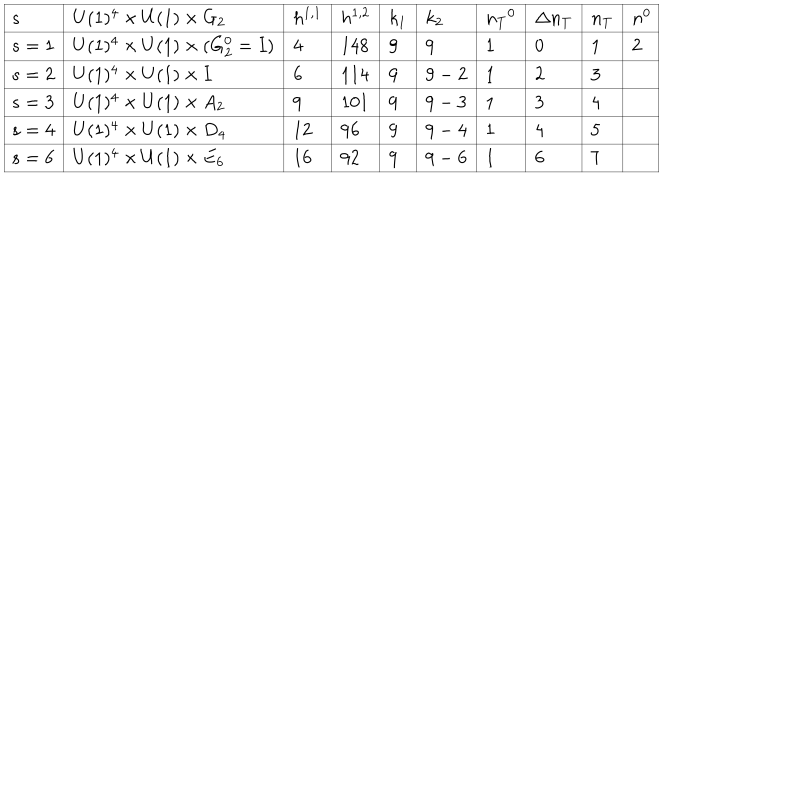
\begin{array} { | l | l | l | l | l | l | l | l | l | l | } \hline { { s } } & { { U ( 1 ) ^ { 4 } \times U ( 1 ) \times G _ { 2 } } } & { { h ^ { 1 , 1 } } } & { { h ^ { 1 , 2 } } } & { { k _ { 1 } } } & { { k _ { 2 } } } & { { { n _ { T } } ^ { 0 } } } & { { \Delta n _ { T } } } & { { n _ { T } } } & { { n ^ { 0 } } } \\ \hline { { s = 1 } } & { { U ( 1 ) ^ { 4 } \times U ( 1 ) \times ( G _ { 2 } ^ { 0 } = I ) } } & { { 4 } } & { { 1 4 8 } } & { { 9 } } & { { 9 } } & { { 1 } } & { { 0 } } & { { 1 } } & { { 2 } } \\ \hline { { s = 2 } } & { { U ( 1 ) ^ { 4 } \times U ( 1 ) \times I } } & { { 6 } } & { { 1 1 4 } } & { { 9 } } & { { 9 - 2 } } & { { 1 } } & { { 2 } } & { { 3 } } & { { } } \\ \hline { { s = 3 } } & { { U ( 1 ) ^ { 4 } \times U ( 1 ) \times A _ { 2 } } } & { { 9 } } & { { 1 0 1 } } & { { 9 } } & { { 9 - 3 } } & { { 1 } } & { { 3 } } & { { 4 } } & { { } } \\ \hline { { s = 4 } } & { { U ( 1 ) ^ { 4 } \times U ( 1 ) \times D _ { 4 } } } & { { 1 2 } } & { { 9 6 } } & { { 9 } } & { { 9 - 4 } } & { { 1 } } & { { 4 } } & { { 5 } } & { { } } \\ \hline { { s = 6 } } & { { U ( 1 ) ^ { 4 } \times U ( 1 ) \times E _ { 6 } } } & { { 1 6 } } & { { 9 2 } } & { { 9 } } & { { 9 - 6 } } & { { 1 } } & { { 6 } } & { { 7 } } & { { } } \\ \hline { { } } \\ \end{array}